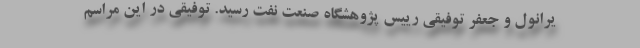
یرانول و جعفر توفیقی رییس پژوهشگاه صنعت نفت رسید. توفیقی در این مراسم